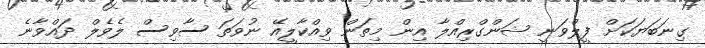
ގިނަބަޔަކަށް ފީލްވަނީ ޝަންގްރިއްލާ އިން މިތަން ވިއްކާލީއޭ ނުވަތަ ސާވިސް ލެވެލް ދައްވާނެ